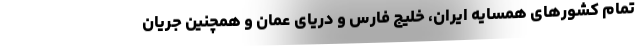
تمام کشورهای همسایه ایران، خلیج فارس و دریای عمان و همچنین جریان